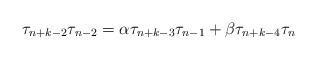
LaTeX: \begin{align*} \tau_{n+k-2}\tau_{n-2}=\alpha\tau_{n+k-3}\tau_{n-1}+\beta\tau_{n+k-4}\tau_n\end{align*}